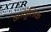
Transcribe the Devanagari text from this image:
आधुलिक